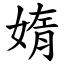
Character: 媠